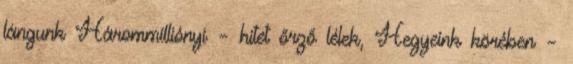
lángunk Hárommilliónyi – hitet őrző lélek, Hegyeink körében –